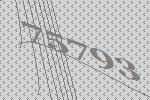
75793